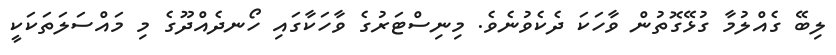
ލިބޭ ގެއްލުމާ ގުޅޭގޮތުން ވާހަކަ ދެކެވުނެވެ. މިނިސްޓަރުގެ ވާހަކާގައި ހޯނދެއްދޫގެ މި މައްސަލަތަކަކީ